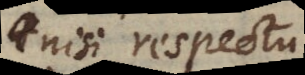
nisi respectu